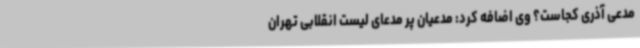
مدعی آذری کجاست؟ وی اضافه کرد: مدعیان پر مدعای لیست انقلابی تهران